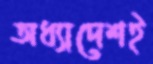
অধ্যাদেশই